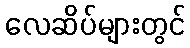
လေဆိပ်များတွင်